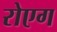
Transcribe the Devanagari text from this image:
रोएग